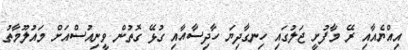
އިއްޔެއާއި ރޭ މާފުށީ ޖަލުގައި ހިނގާދިޔަ ހާދިސާއާއި ގުޅޭ ގޮތުން ވީނިއުސްއަށް މައުލޫމާތު